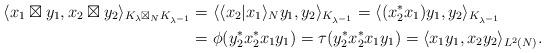
LaTeX: \begin{align*}\langle x_1 \boxtimes y_1 , x_2\boxtimes y_2 \rangle_{K_\lambda \boxtimes_N K_{\lambda^{-1}}}&=\langle \langle x_2|x_1\rangle_N y_1, y_2\rangle_{K_{\lambda^{-1}}}=\langle (x_2^*x_1) y_1, y_2\rangle_{K_{\lambda^{-1}}}\\&=\phi(y_2^* x_2^*x_1y_1)=\tau(y_2^*x_2^*x_1y_1)=\langle x_1 y_1 , x_2y_2\rangle_{L^2(N)}.\end{align*}